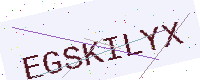
Text: EGSKILYX